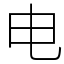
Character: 电